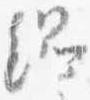
綱